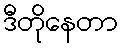
ဒီတိုနေတာ